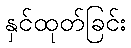
နှင်ထုတ်ခြင်း